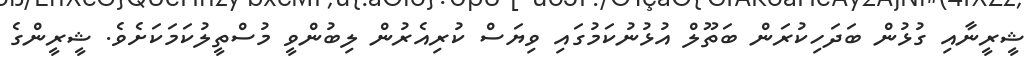
ޝީރީނާއި ގުޅުން ބަދަހިކުރަން ބަތޫލް އުޅުނުކަމުގައި ވިޔަސް ކުރިއެރުން ލިބުންވީ މުސްތީލުކަމަކަށެވެ. ޝީރީންގެ